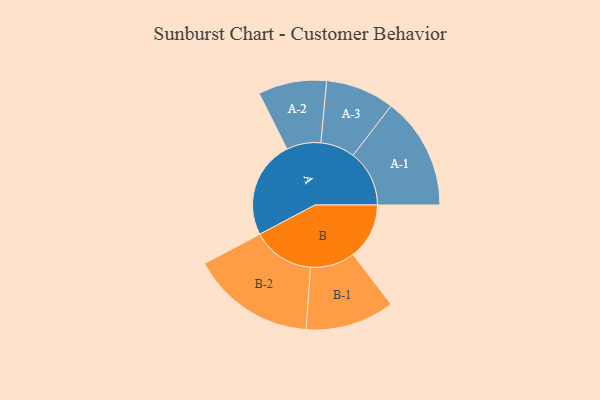
{"axis": {"x": "Segment", "y": "Value"}, "legend": ["", "A", "B"], "data": [{"x": "A", "y": 466, "type": ""}, {"x": "B", "y": 268, "type": ""}, {"x": "A-1", "y": 268, "type": "A"}, {"x": "A-2", "y": 163, "type": "A"}, {"x": "A-3", "y": 164, "type": "A"}, {"x": "B-1", "y": 212, "type": "B"}, {"x": "B-2", "y": 296, "type": "B"}]}